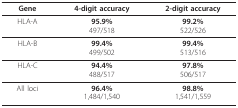
<table><thead><tr><td><b>Gene</b></td><td><b>4-digit accuracy</b></td><td><b>2-digit accuracy</b></td></tr></thead><tbody><tr><td>HLA-A</td><td><b>95.9%</b>497/518</td><td><b>99.2%</b>522/526</td></tr><tr><td>HLA-B</td><td><b>99.4%</b>499/502</td><td><b>99.4%</b>513/516</td></tr><tr><td>HLA-C</td><td><b>94.4%</b>488/517</td><td><b>97.8%</b>506/517</td></tr><tr><td>All loci</td><td><b>96.4%</b>1,484/1,540</td><td><b>98.8%</b>1,541/1,559</td></tr></tbody></table>